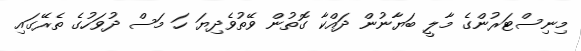
މިނިސްޓަރުންގެ މާލީ ބަޔާނުން ދައްކާ ގޮތުން ވޭތުވެދިޔަ ހަ މަސް ދުވަހުގެ ތެރޭގައި